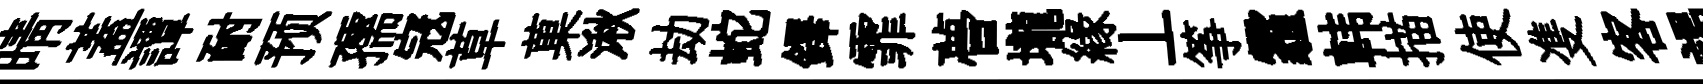
晴蓋譚耐预孺𡨥草菓湫劫蛇鐸霏瞢壠緣丄筝霾韩描使㕠客謁